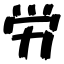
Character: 労